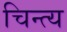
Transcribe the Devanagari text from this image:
चिन्त्य